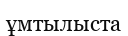
ұмтылыста